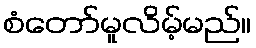
စံတော်မူလိမ့်မည်။